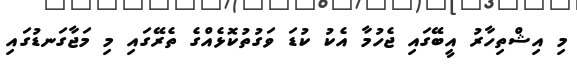
މި އިޝްތިހާރު އީބޭގައި ޖެހުމާ އެކު ކުޑަ ވަގުތުކޮޅެއްގެ ތެރޭގައި މި މަޖާގަނޑުގައި